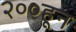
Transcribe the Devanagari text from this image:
२००हून